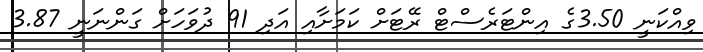
ވިއްކަނީ 3.50ގެ އިންޓަރެސްޓް ރޭޓަށް ކަމަށާއި އަދި 91 ދުވަހަށް ގަންނަނީ 3.87